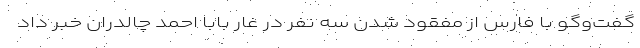
گفت‌وگو با فارس از مفقود شدن سه نفر در غار بابا احمد چالدران خبر داد